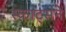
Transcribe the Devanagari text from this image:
स्काट्सने